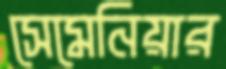
সেমেনিয়ার